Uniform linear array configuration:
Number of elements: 24
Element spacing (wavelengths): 1
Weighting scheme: binomial
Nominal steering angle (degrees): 15
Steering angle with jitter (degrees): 13.637
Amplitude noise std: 0.05
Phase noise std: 0.05

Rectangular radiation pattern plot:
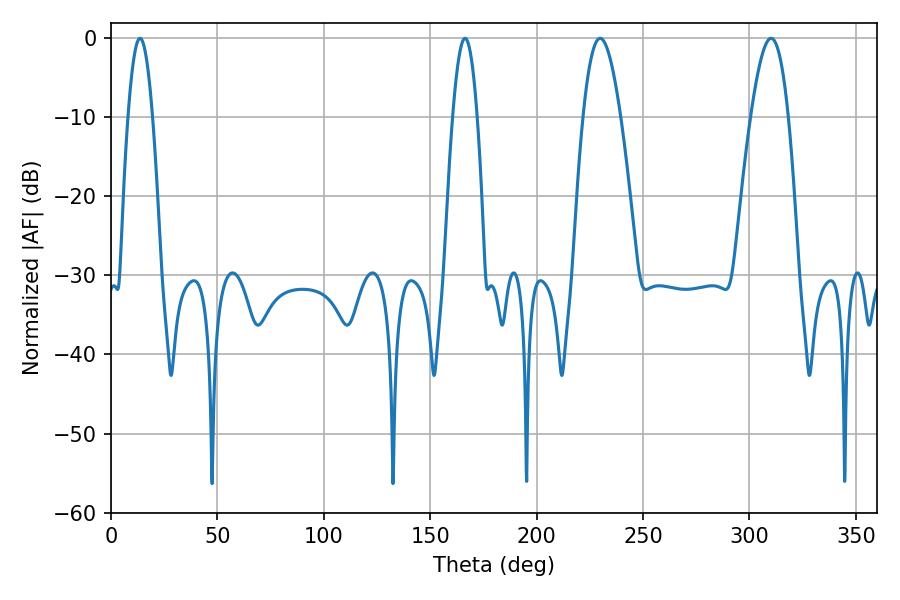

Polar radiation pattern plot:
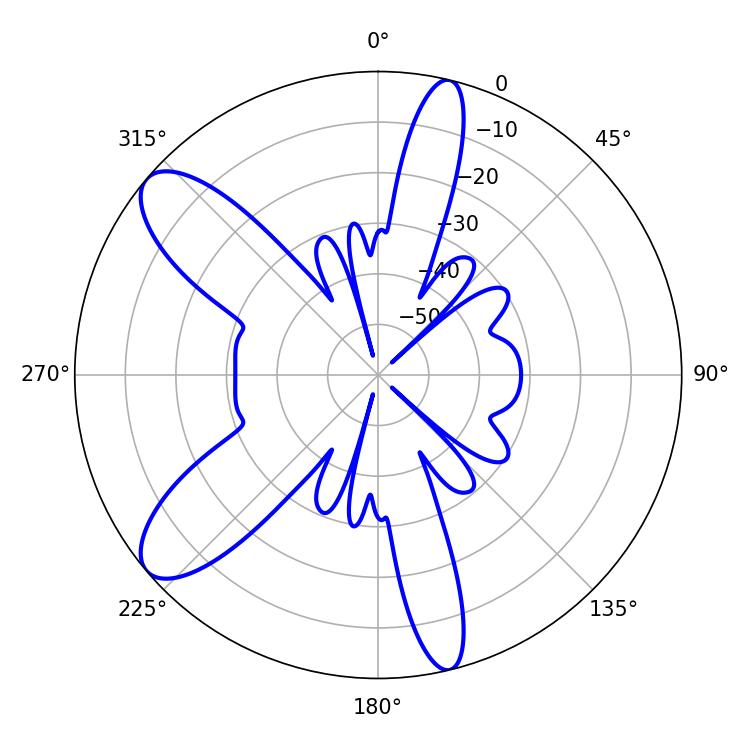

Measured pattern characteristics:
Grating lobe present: TRUE
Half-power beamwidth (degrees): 9.54
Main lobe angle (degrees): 229.86